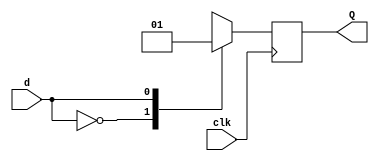
module d_flipflop(
    input wire d,    
    input clk,
    output reg Q 
    );
    
    
always @(posedge clk)

begin
case(d)

1'b0: Q <= 0;
1'b1: Q <= 1;


endcase
end
endmodule